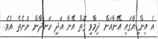
އެ އިންޑިޔާގައި އޭނާއަށް ދިމާވި ގޮތް އޭނާ އަދި ހަނދާން ނުނެތެ އެވެ.